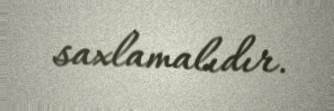
saxlamalıdır.